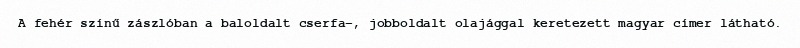
A fehér színű zászlóban a baloldalt cserfa-, jobboldalt olajággal keretezett magyar címer látható.